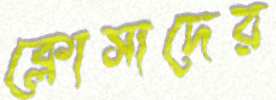
ক্লোসাদের